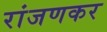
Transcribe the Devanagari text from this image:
रांजणकर